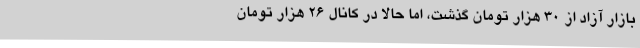
بازار آزاد از 30 هزار تومان گذشت، اما حالا در کانال 26 هزار تومان